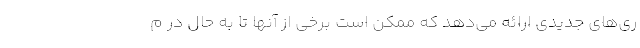
ری‌های جدیدی ارائه می‌دهد که ممکن است برخی از آنها تا به حال در م